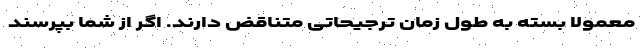
معمولاً بسته به طول زمان ترجیحاتی متناقض دارند. اگر از شما بپرسند